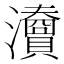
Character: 𤄴